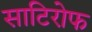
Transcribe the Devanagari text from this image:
साटिरोफ